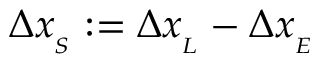
\Delta x _ { _ { S } } : = \Delta x _ { _ { L } } - \Delta x _ { _ { E } }